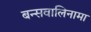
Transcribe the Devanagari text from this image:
बन्सवालिनामा